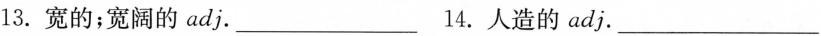
13.宽的；宽阔的adj.___14.人造的adj.___